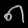
Digit: ၈